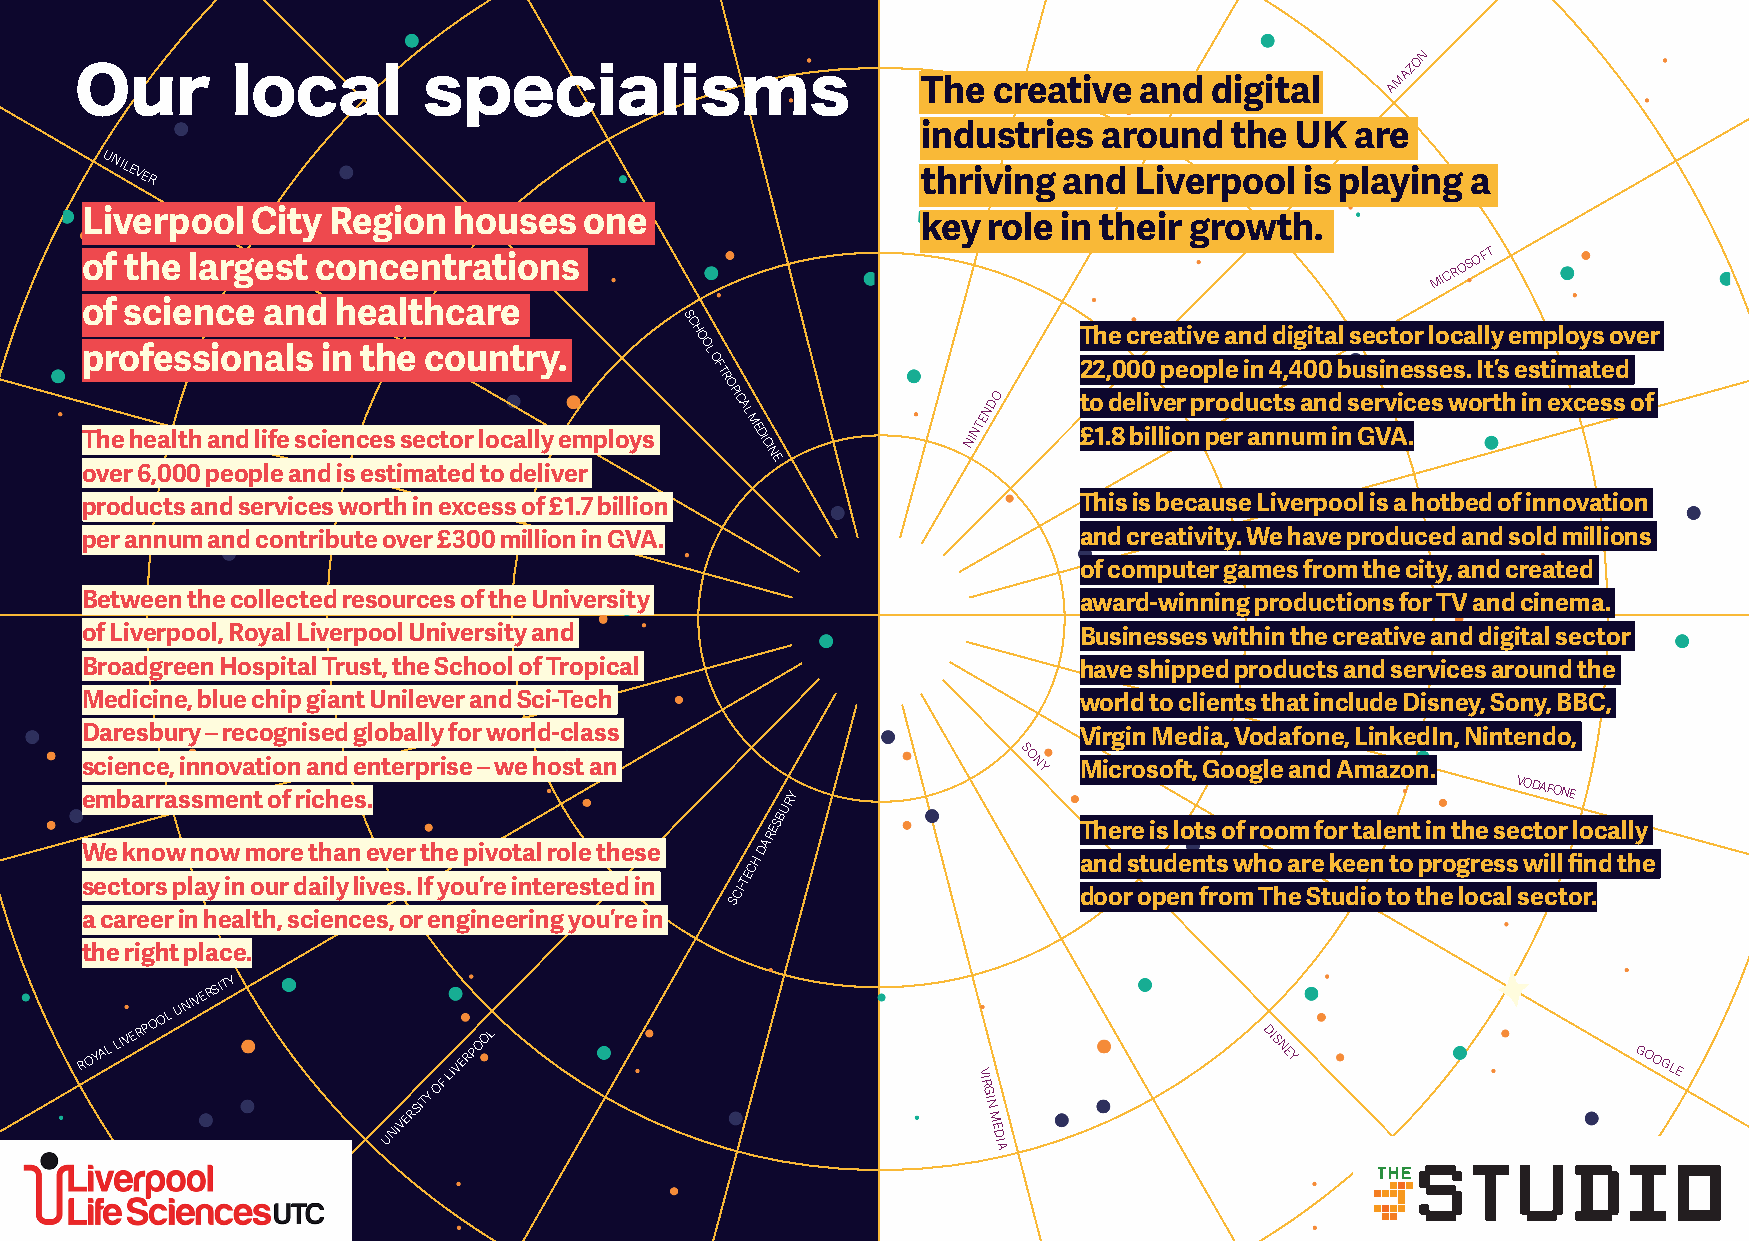
N
 O
 Our       local        specialisms
 The  creative and  digital
 AMAZ
 industries  around  the  UK  are
 UNILEVER
 thriving and  Liverpool  is playing a
 Liverpool   City Region  houses   one
 key role in their growth.
 of the largest  concentrations
 MICROSOFT
 of science  and  healthcare
 SC
 H                        The creative and digital sector locally employs over
 O
 professionals   in the country.          O L
 O F
 TRO
 22,000 people in 4,400 businesses. It’s estimated
 PIC              DO    to deliver products and services worth in excess of
 The health and life sciences sector locally employs
 AL
 M
 EDICIN
 NINTEN
 £1.8 billion per annum in GVA.
 E
 over 6,000 people and is estimated to deliver
 products and services worth in excess of £1.7 billion             This is because Liverpool is a hotbed of innovation
 per annum and contribute over £300 million in GVA.                and creativity. We have produced and sold millions
 of computer games from the city, and created
 Between the collected resources of the University                 award-winning productions for TV and cinema.
 of Liverpool, Royal Liverpool University and                      Businesses within the creative and digital sector
 Broadgreen Hospital Trust, the School of Tropical                 have shipped products and services around the
 Medicine, blue chip giant Unilever and Sci-Tech                   world to clients that include Disney, Sony, BBC,
 Daresbury – recognised globally for world-class                   Virgin Media, Vodafone, LinkedIn, Nintendo,
 S
 science, innovation and enterprise – we host an                O NY Microsoft, Google and Amazon.
 embarrassment of riches.                       RY
 VODAFONE
 U
 B
 ES                  There is lots of room for talent in the sector locally
 R
 A
 We know now more than ever the pivotal role these D
 H                    and students who are keen to progress will find the
 C
 E
 sectors play in our daily lives. If you’re interested in CI-T
 door open from The Studio to the local sector.
 S
 a career in health, sciences, or engineering you’re in
 the right place.
 ROYAL
 LIVERPOOL
 UNIVERSITY
 OF
 LIVERPOOL
 V
 IR
 DIS
 NEY                     GOOGLE
 UNIVERSITY                             G
 IN
 M
 E
 D
 IA